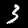
Digit: 3